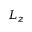
L _ { z }